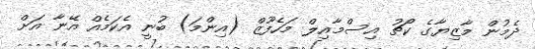
ދެމުން މާޒިޔާގެ ކޯޗު އިސްމާއިލް މަހެފޫޒް (އިންމަ) ބުނީ އެކަމެއް އޭނާ އަށް